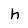
Character: h